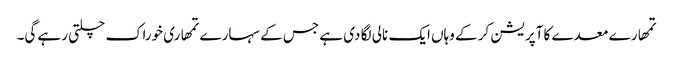
تمھارے معدے کا آپریشن کر کے وہاں ایک نالی لگا دی ہے جس کے سہارے تمھاری خوراک چلتی رہے گی۔